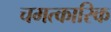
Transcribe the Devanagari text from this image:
चमत्‍कारिक